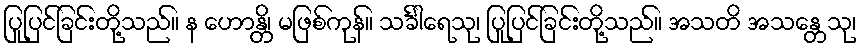
ပြုပြင်ခြင်းတို့သည်။ န ဟောန္တိ၊ မဖြစ်ကုန်။ သင်္ခါရေသု၊ ပြုပြင်ခြင်းတို့သည်။ အသတိ အသန္တေသု၊